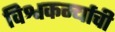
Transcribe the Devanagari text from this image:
विश्वकर्म्याची